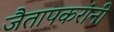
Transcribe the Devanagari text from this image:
जैतापकरांनी